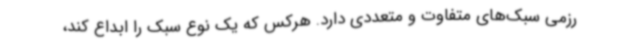
رزمی سبک‌های متفاوت و متعددی دارد. هرکس که یک نوع سبک را ابداع کند،